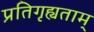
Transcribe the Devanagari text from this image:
प्रतिगृह्यताम्